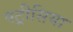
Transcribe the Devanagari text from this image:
पट्रीसिया